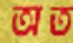
অত